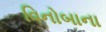
વિનોબાના